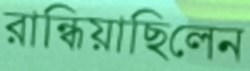
রান্ধিয়াছিলেন